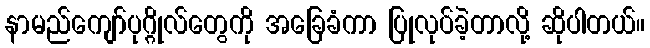
နာမည်ကျော်ပုဂ္ဂိုလ်တွေကို အခြေခံကာ ပြုလုပ်ခဲ့တာလို့ ဆိုပါတယ်။